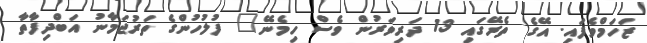
ޒަހަމްވެފައި. އޭގެ ތެރޭގައި 13 ދަރިވަރުން ވެސް ހިމެނޭ" ފުލުހުންގެ ތަރުޖަމާނު އަބްދިފާތާ